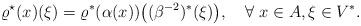
LaTeX: \begin{align*} \varrho^\star(x)(\xi)=\varrho^*(\alpha(x))\big((\beta^{-2})^*(\xi)\big),\quad\forall \ x\in A,\xi\in V^*.\end{align*}